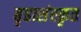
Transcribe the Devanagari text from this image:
बृहत्संस्कृत